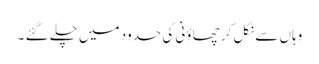
وہاں سے نکل کر چھاؤنی کی حدود میں چلے گئے ۔